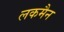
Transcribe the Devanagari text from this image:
लकमैन